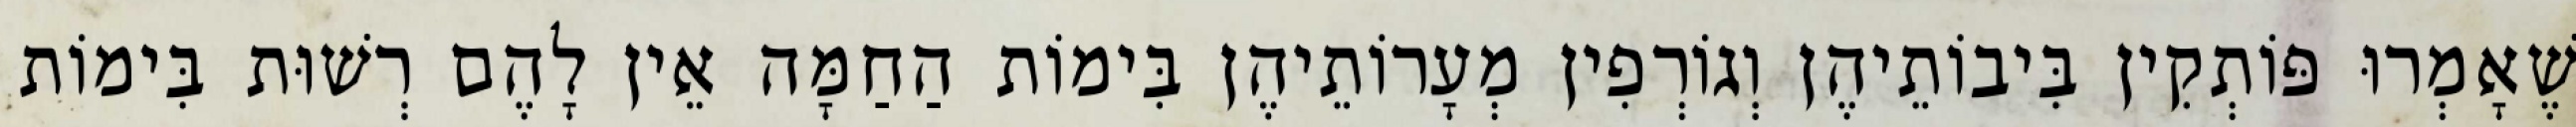
שֶׁאָמְרוּ פּוֹתְקִין בִּיבוֹתֵיהֶן וְגוֹרְפִין מְעָרוֹתֵיהֶן בִּימוֹת הַחַמָּה אֵין לָהֶם רְשׁוּת בִּימוֹת